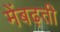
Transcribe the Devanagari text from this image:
मेंबढ़ती